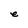
Character: e